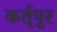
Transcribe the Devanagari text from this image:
कर्तृपुर